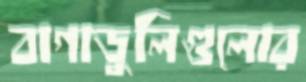
বাগাডুলিগুলোর